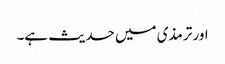
اور ترمذی میں حدیث ہے۔